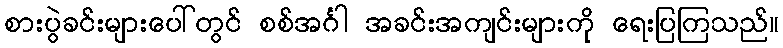
စားပွဲခင်းများပေါ်တွင် စစ်အင်္ဂါ အခင်းအကျင်းများကို ရေးပြကြသည်။